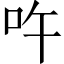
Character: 吘